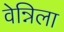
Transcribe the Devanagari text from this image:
वेन्निला